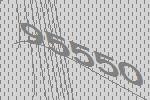
95550